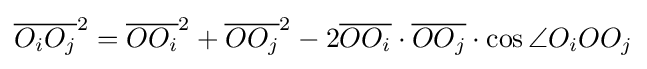
{\overline {O_{i}O_{j}}}^{2}={\overline {OO_{i}}}^{2}+{\overline {OO_{j}}}^{2}-2{\overline {OO_{i}}}\cdot {\overline {OO_{j}}}\cdot \cos \angle O_{i}OO_{j}